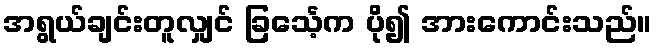
အရွယ်ချင်းတူလျှင် ခြင်္သေ့က ပို၍ အားကောင်းသည်။